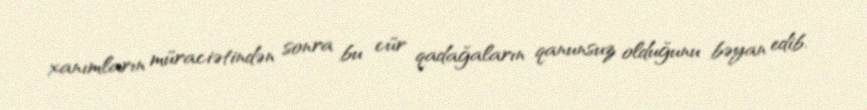
xanımların müraciətindən sonra bu cür qadağaların qanunsuz olduğunu bəyan edib.